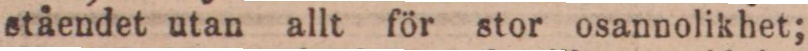
ståendet utan allt för stor osannolikhet;